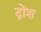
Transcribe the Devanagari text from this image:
द्रोश